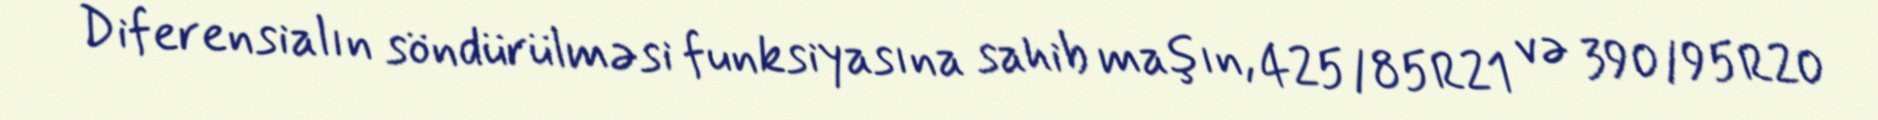
Diferensialın söndürülməsi funksiyasına sahib maşın, 425/85R21 və 390/95R20